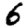
Digit: 6